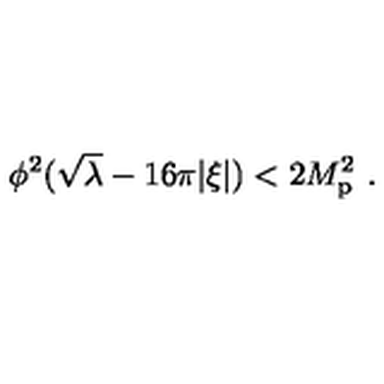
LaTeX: \phi ^ { 2 } ( \sqrt \lambda - 1 6 \pi | \xi | ) < 2 M _ { \mathrm { p } } ^ { 2 } \ .